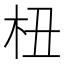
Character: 杻